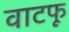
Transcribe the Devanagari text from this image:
वाटफू